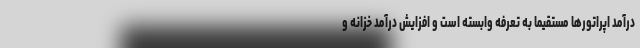
درآمد اپراتورها مستقیما به تعرفه وابسته است و افزایش درآمد خزانه و